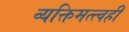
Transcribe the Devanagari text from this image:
व्यक्तिमत्त्वही